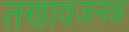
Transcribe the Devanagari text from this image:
तणावजनक